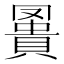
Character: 𧷅